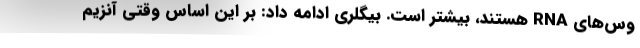
وس‌های RNA هستند، بیشتر است. بیگلری ادامه داد: بر این اساس وقتی آنزیم